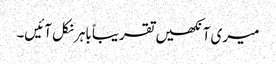
میری آنکھیں تقریباً باہر نکل آئیں۔